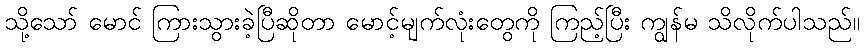
သို့သော် မောင် ကြားသွားခဲ့ပြီဆိုတာ မောင့်မျက်လုံးတွေကို ကြည့်ပြီး ကျွန်မ သိလိုက်ပါသည်။